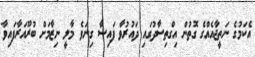
އެކަމުގެ ނަތީޖާއެއްގެ ގޮތުން އިގްތިސާދުގައި ދައުރުވާ ފައިސާ ގިނަވެ މާލީ ނިޒާމަށް ބުރޫއަރާފައިވާ